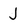
Character: J